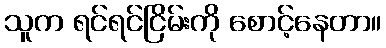
သူက ရင်ရင်ငြိမ်းကို စောင့်နေတာ။